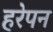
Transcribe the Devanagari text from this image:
हरेपन